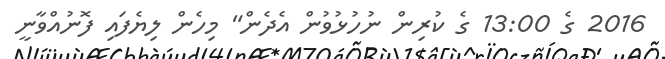
2016 ގެ 13:00 ގެ ކުރިން ނުހުޅުވުން އެދެން" މިހެން ލިޔެފައި ފޮނުއްވާނީ